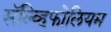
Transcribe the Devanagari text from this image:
सॅल्व्हिफोलियम